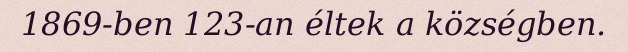
1869-ben 123-an éltek a községben.